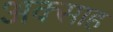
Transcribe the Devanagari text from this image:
अक्साह